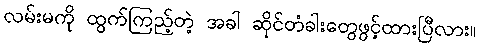
လမ်းမကို ထွက်ကြည့်တဲ့ အခါ ဆိုင်တံခါးတွေဖွင့်ထားပြီလား။